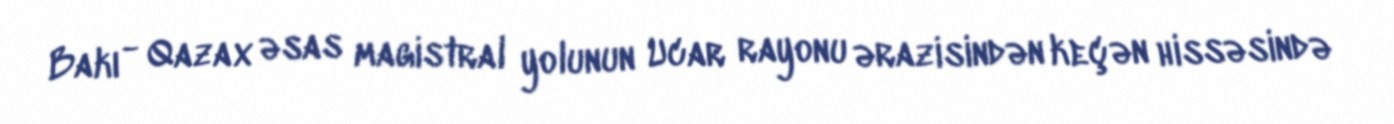
Bakı - Qazax əsas magistral yolunun Ucar rayonu ərazisindən keçən hissəsində